Report on the working of the Ranchi Indian Mental Hospital, Kanke, in Bihar and Orissa - 1930-1940
Year: 1930
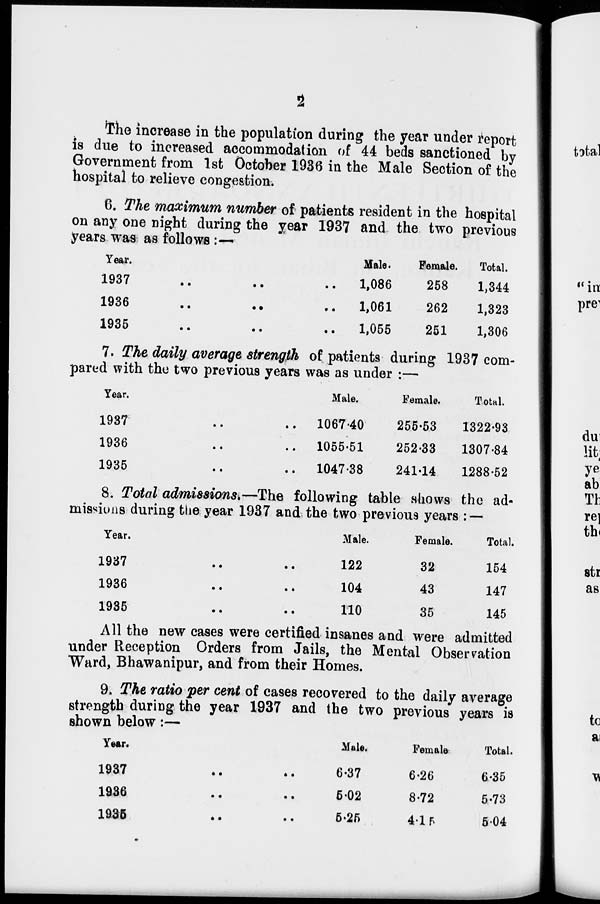
2
The increase in the population during the year under report
is due to increased accommodation of 44 beds sanctioned by
Government from 1st October 1936 in the Male Section of the
hospital to relieve congestion.
6. The maximum number of patients resident in the hospital
on any one night during the year 1937 and the two previous
years was as follows :—
Year.
1937
..
..
..
1936
..
..
..
1935
..
..
..
Male.
1,086
1,061
1,055
Female.
258
262
251
Total.
1,344
1,323
1,306
7. The daily average strength of patients during 1937 com-
pared with the two previous years was as under :—
Year.
1937
..
..
1936 .. ..
1935 .. ..
Male.
1067.40
1055.51
1047.38
Female.
255.53
252.33
241.14
Total.
1322.93
1307.84
1288.52
8. Total admissions.—The following table shows the ad-
missions during the year 1937 and the two previous years : —
Year.
1937 .. ..
1936 .. ..
1935 .. ..
Male.
122
104
110
Female.
32
43
35
Total.
154
147
145
All the new cases were certified insanes and were admitted
under Reception Orders from Jails, the Mental Observation
Ward, Bhawanipur, and from their Homes.
9. The ratio per cent of cases recovered to the daily average
strength during the year 1937 and the two previous years is
shown below:—
Year.
1937 .. ..
1936 .. ..
1935 .. ..
Male.
6.37
5.02
5.25
Female.
6.26
8.72
4.15
Total.
6.35
5.73
5.04